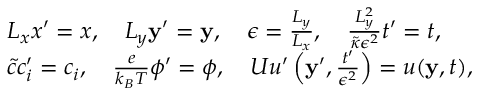
\begin{array} { r l } & { L _ { x } x ^ { \prime } = x , \quad L _ { y } \mathbf { y } ^ { \prime } = \mathbf { y } , \quad \epsilon = \frac { L _ { y } } { L _ { x } } , \quad \frac { L _ { y } ^ { 2 } } { \tilde { \kappa } \epsilon ^ { 2 } } t ^ { \prime } = t , } \\ & { \tilde { c } c _ { i } ^ { \prime } = c _ { i } , \quad \frac { e } { k _ { B } T } \phi ^ { \prime } = \phi , \quad U u ^ { \prime } \left( \mathbf { y } ^ { \prime } , \frac { t ^ { \prime } } { \epsilon ^ { 2 } } \right) = u ( \mathbf { y } , t ) , } \end{array}